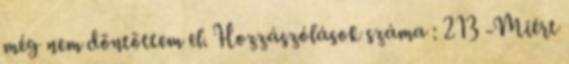
még nem döntöttem el. Hozzászólások száma : 213 -Miért